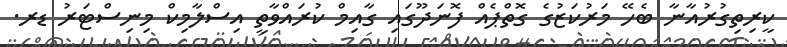
ކީރިތިގުރުއާނާ ބެހޭ މަރުކަޒުގެ ގޮތްޕެއް ފޮނަދޫގައި ގާއިމް ކުރައްވާތީ އިސްލާމިކް މިނިސްޓަރު ޑރ.